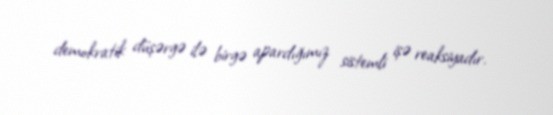
demokratik düşərgə ilə birgə apardığımız sistemli işə reaksiyadır.